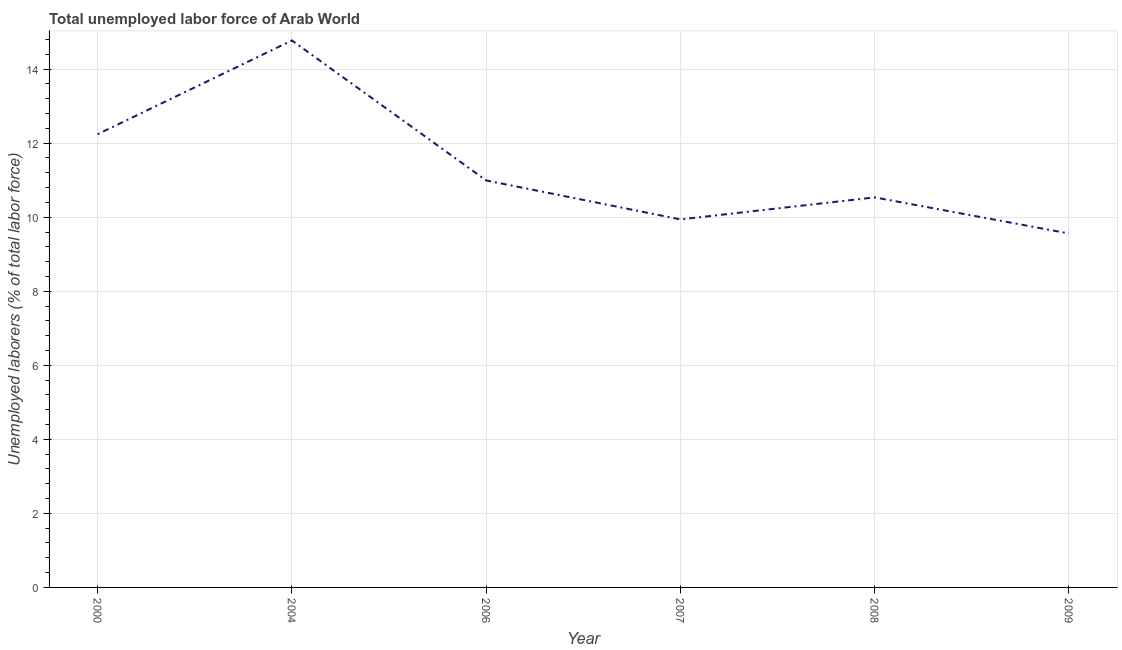
| Year | Unemployment total |
 | --- | --- |
 | 2000 | 12.2 |
 | 2004 | 14.8 |
 | 2006 | 11 |
 | 2007 | 9.94 |
 | 2008 | 10.5 |
 | 2009 | 9.56 |